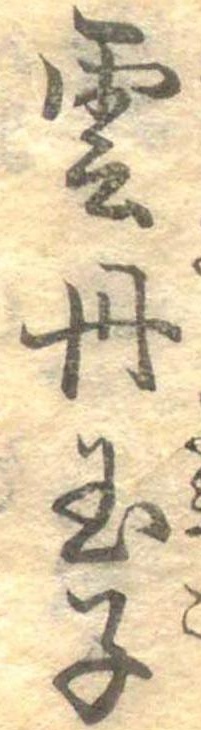
雲丹玉子